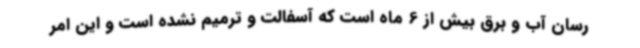
رسان آب و برق بیش از 6 ماه است که آسفالت و ترمیم نشده است و این امر